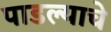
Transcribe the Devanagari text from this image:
पाडल्याचे